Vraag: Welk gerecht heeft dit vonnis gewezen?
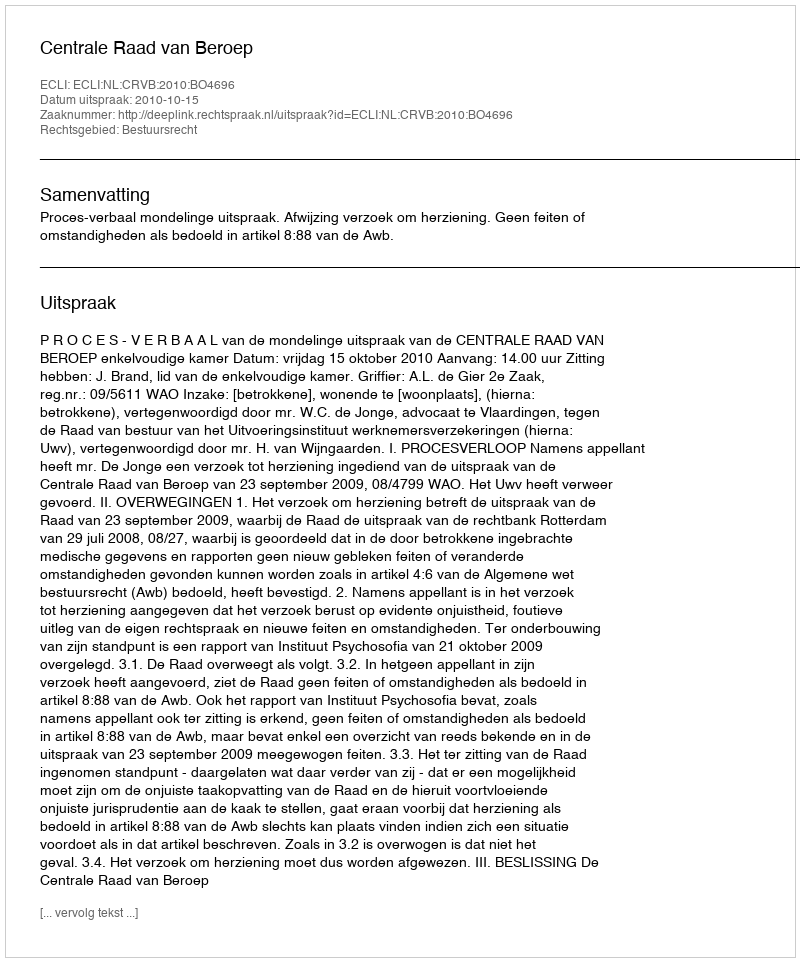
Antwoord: Centrale Raad van Beroep